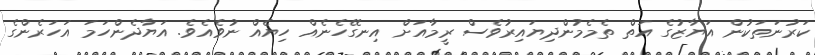
ކަރުނަތަކުން އަޔާޒުގެ އަތް ތެމެމުންދިޔައިރުވެސް ރީމާއަށް އިނގޭހެނެއް ހިޔެއް ނުވެއެވެ. އަޔާދެންހަމަ އަހަރެންގެ